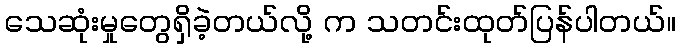
သေဆုံးမှုတွေရှိခဲ့တယ်လို့ က သတင်းထုတ်ပြန်ပါတယ်။